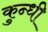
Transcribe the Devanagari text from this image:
कुन्धी